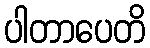
ပါတာပေတိ